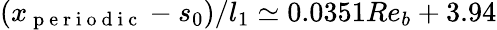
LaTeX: (x_{\mathrm{~p~e~r~i~o~d~i~c~}}-s_{0})/l_{1}\simeq 0.0351Re_{b}+3.94